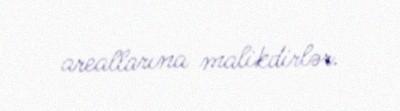
areallarına malikdirlər.